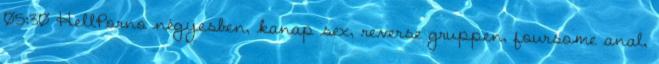
05:30 HellPorno négyesben, kanap sex, reverse gruppen, foursome anal,